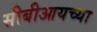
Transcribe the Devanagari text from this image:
सीबीआयच्या